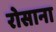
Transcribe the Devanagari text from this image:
रोसाना